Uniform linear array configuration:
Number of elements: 16
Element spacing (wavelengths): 0.5
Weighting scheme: uniform
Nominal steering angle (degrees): -15
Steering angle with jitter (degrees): -14.254
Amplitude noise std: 0.05
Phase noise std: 0.05

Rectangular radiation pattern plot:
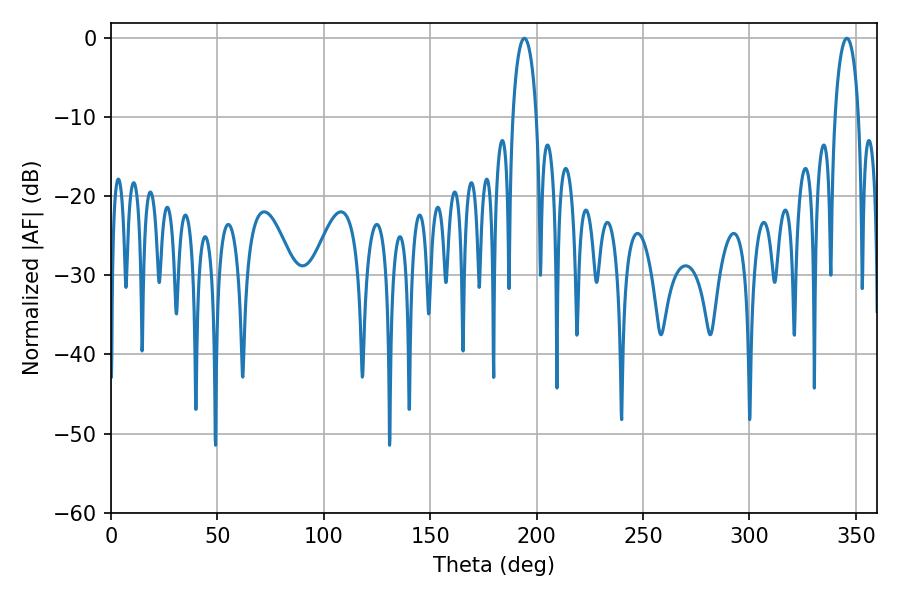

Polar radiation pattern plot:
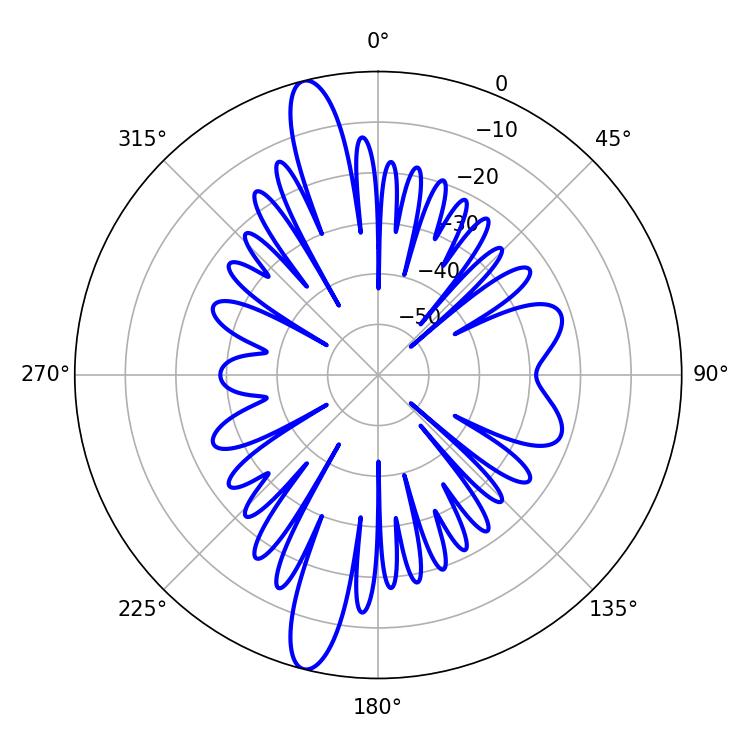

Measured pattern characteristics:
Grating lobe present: FALSE
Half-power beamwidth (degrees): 6.48
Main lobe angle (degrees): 194.22